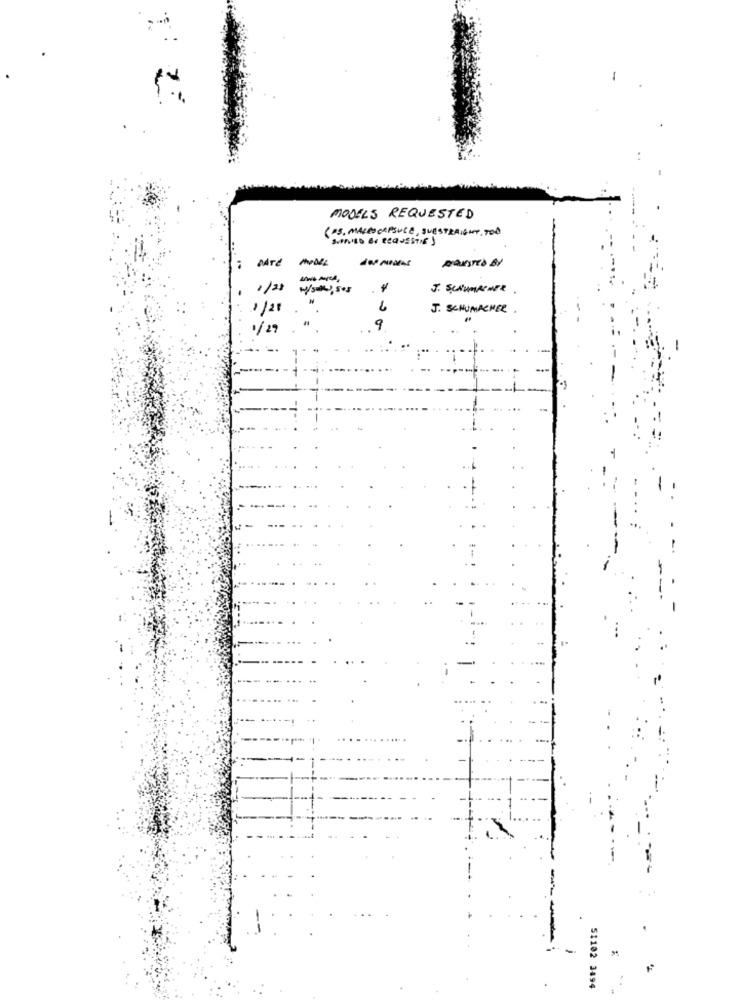
MODELS REQUESTED
(PS, MAKESCAPSULE, QUESTRAIGHT, TOO
SUAVES ON REQUESTIF)
Adre
1/28
J. Scrumpense
1/2
6
J. SCHUMACHER.
1/29
9
51102 3494